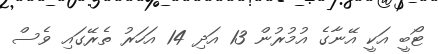
ޓޯބީ އަކީ އޭނާގެ އުމުރުން 13 އަދި 14 އަހަރު ތެރޭގައި ވެސް